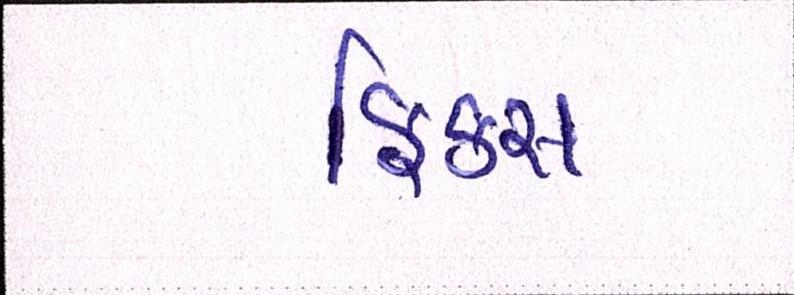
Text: ફિક્સ